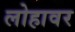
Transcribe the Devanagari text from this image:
लोहावर